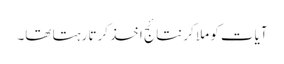
آیات کو ملا کر نتائج اخذ کرتا رہتا تھا۔